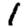
Digit: 1